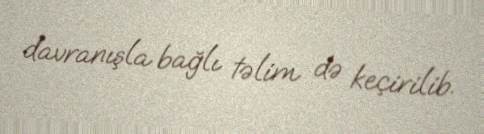
davranışla bağlı təlim də keçirilib.